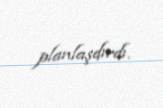
planlaşdırdı.